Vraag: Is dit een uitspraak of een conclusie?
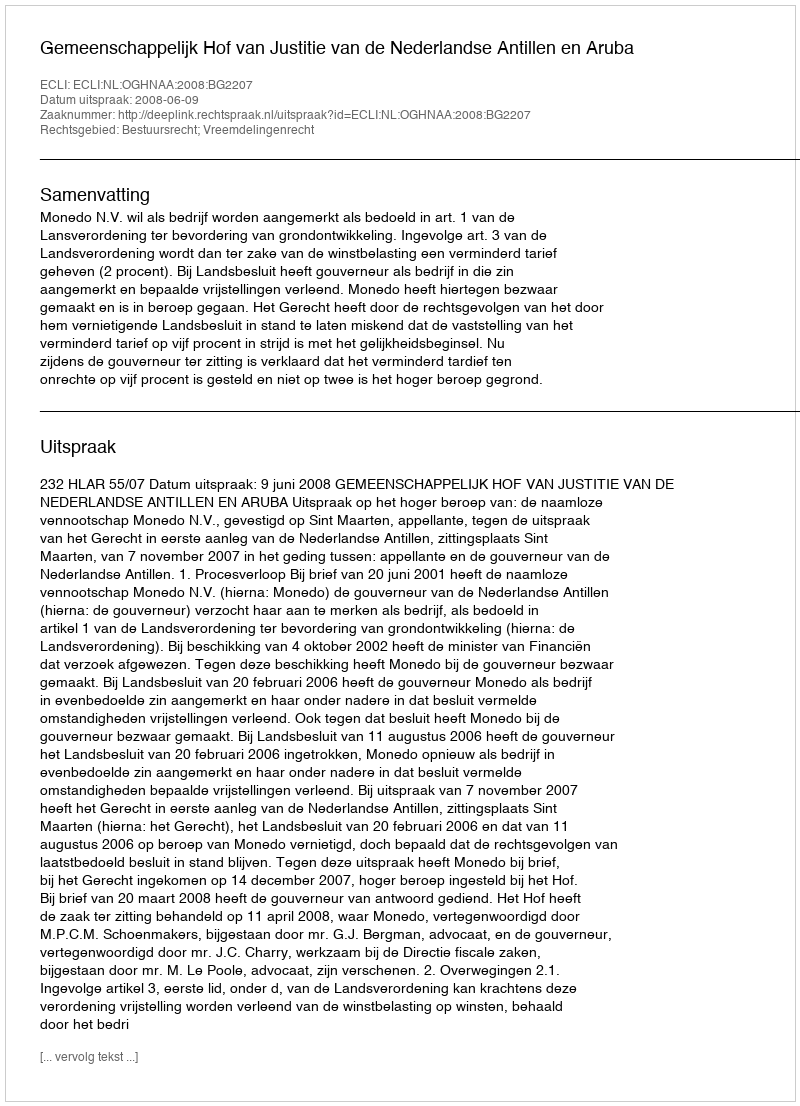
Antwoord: Uitspraak